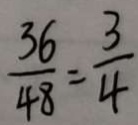
\frac { 3 6 } { 4 8 } = \frac { 3 } { 4 }